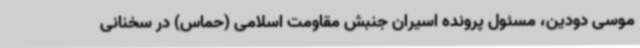
موسی دودین، مسئول پرونده اسیران جنبش مقاومت اسلامی (حماس) در سخنانی